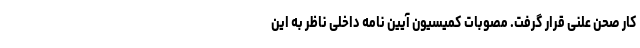
کار صحن علنی قرار گرفت. مصوبات کمیسیون آیین نامه داخلی ناظر به این